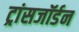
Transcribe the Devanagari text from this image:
ट्रांसजॉर्डन